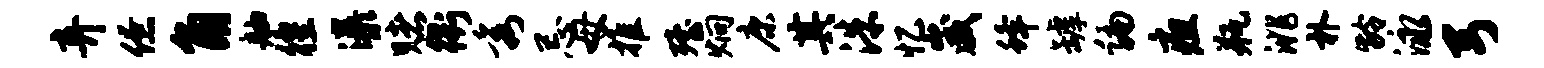
弃僚角舳徨瀑赌衢秀忌母推殪炯康其洙忆崴蜂罅编疽瓶洮朴龄泳弓